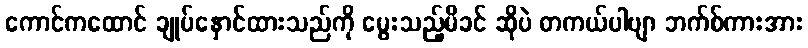
ကောင်ကထောင် ချုပ်နှောင်ထားသည်ကို မွေးသည့်မိခင် ဆိုပဲ တကယ်ပါဗျာ ဘက်စ်ကားအား